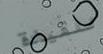
للقيادة